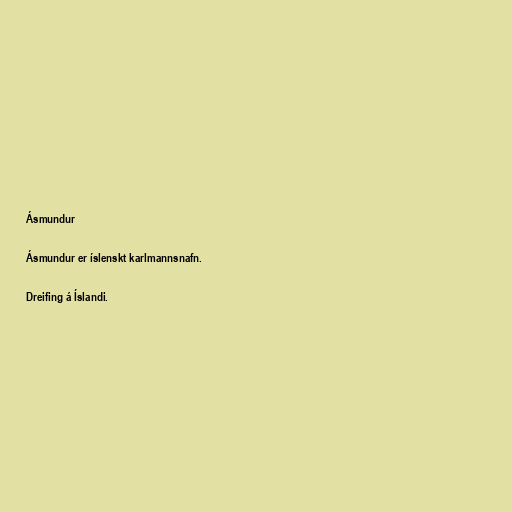
Ásmundur

Ásmundur er íslenskt karlmannsnafn.

Dreifing á Íslandi.